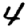
Digit: 4